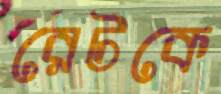
রেটকে